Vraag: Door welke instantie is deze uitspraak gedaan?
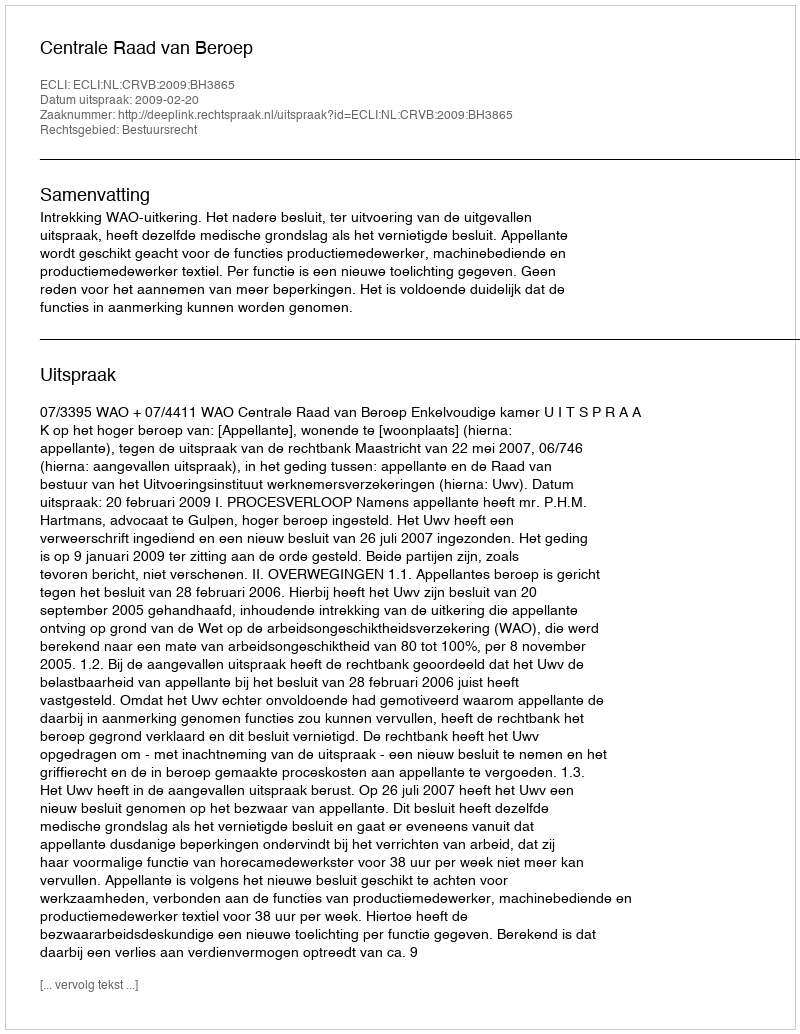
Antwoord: Centrale Raad van Beroep